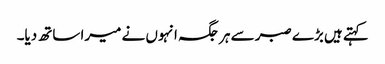
کہتے ہیں بڑے صبر سے ہر جگہ انہوں نے میرا ساتھ دیا۔